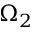
\Omega _ { 2 }